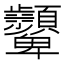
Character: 𩖓